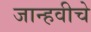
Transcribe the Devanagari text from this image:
जान्हवीचे